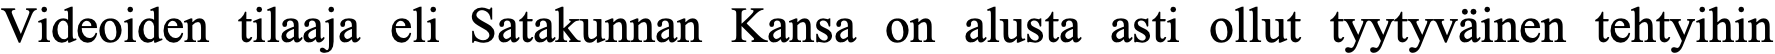
Videoiden tilaaja eli Satakunnan Kansa on alusta asti ollut tyytyväinen tehtyihin